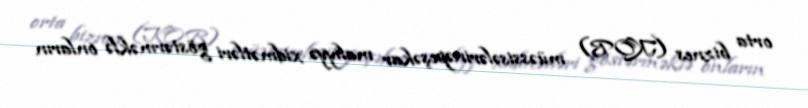
orta biznes (KOB) müəssisələrinəpeşəkar maliyyə xidmətləri göstərməklə onların